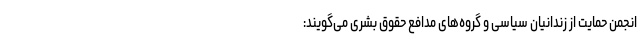
انجمن حمایت از زندانیان سیاسی و گروه‌های مدافع حقوق بشری می‌گویند: